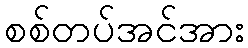
စစ်တပ်အင်အား